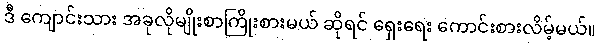
ဒီ ကျောင်းသား အခုလိုမျိုးစာကြိုးစားမယ် ဆိုရင် ရှေးရေး ကောင်းစားလိမ့်မယ်။